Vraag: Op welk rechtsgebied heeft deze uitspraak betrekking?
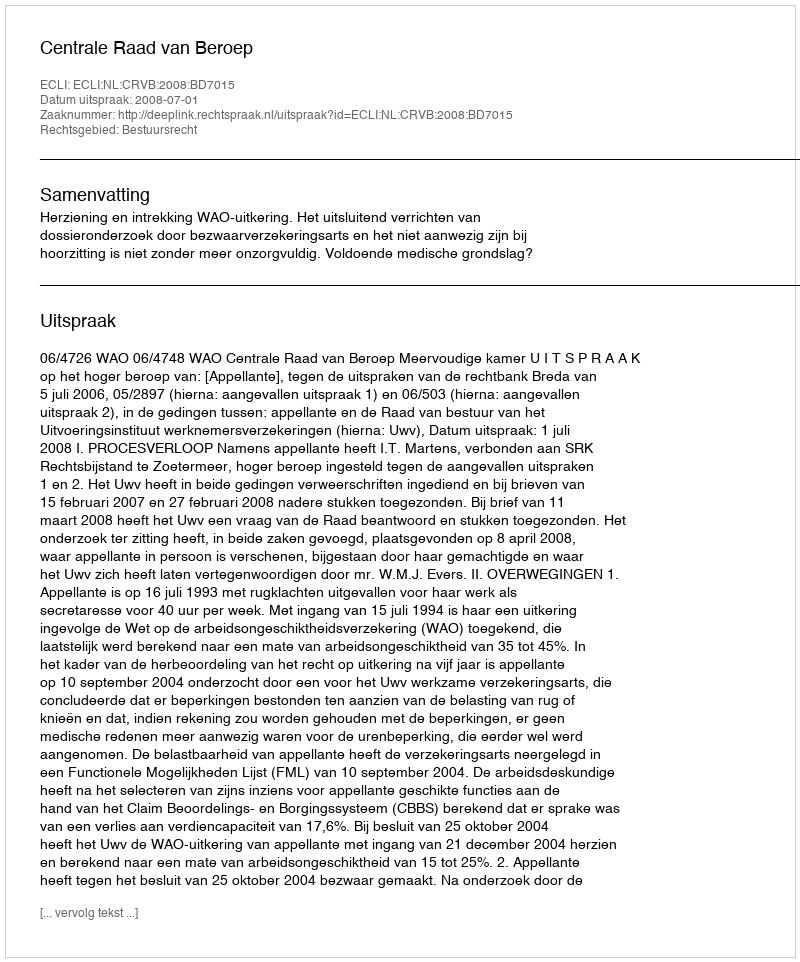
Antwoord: Bestuursrecht